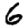
Digit: 6